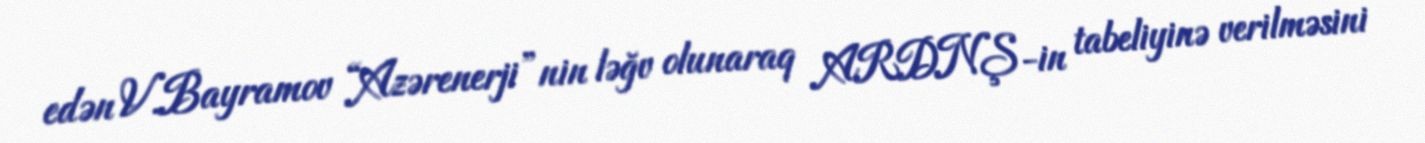
edən V.Bayramov “Azərenerji”nin ləğv olunaraq ARDNŞ-in tabeliyinə verilməsini